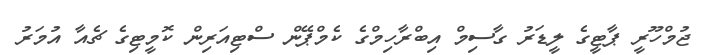
ޖުމްހޫރީ ޕާޓީގެ ލީޑަރު ގާސިމް އިބްރާހިމްގެ ކެމްޕޭން ސްޓިއަރިން ކޮމީޓިގެ ޗެއާ އުމަރު